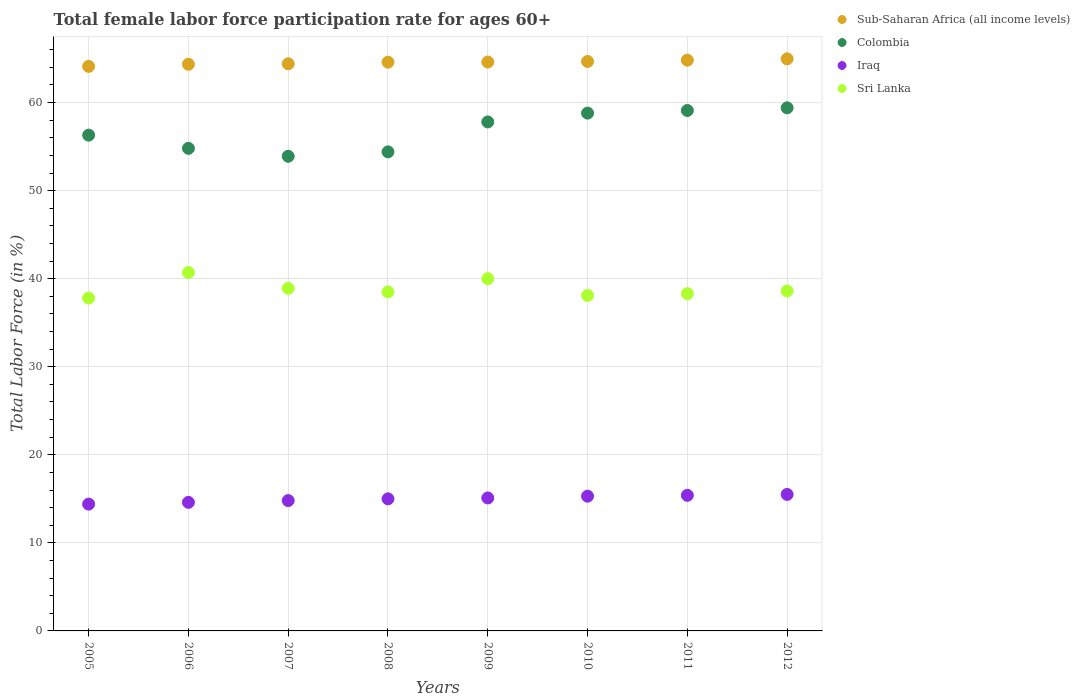
| Years | Sub-Saharan Africa (all income levels) | Colombia | Iraq | Sri Lanka |
 | --- | --- | --- | --- | --- |
 | 2005 | 64.1 | 56.3 | 14.4 | 37.8 |
 | 2006 | 64.3 | 54.8 | 14.6 | 40.7 |
 | 2007 | 64.4 | 53.9 | 14.8 | 38.9 |
 | 2008 | 64.6 | 54.4 | 15 | 38.5 |
 | 2009 | 64.6 | 57.8 | 15.1 | 40 |
 | 2010 | 64.7 | 58.8 | 15.3 | 38.1 |
 | 2011 | 64.8 | 59.1 | 15.4 | 38.3 |
 | 2012 | 65 | 59.4 | 15.5 | 38.6 |